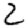
Digit: 2